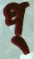
প্